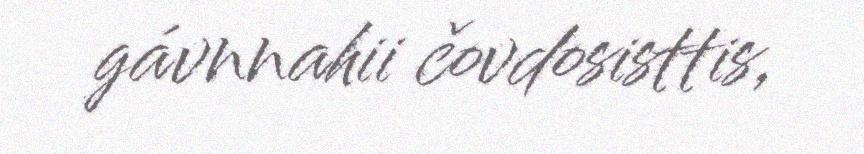
gávnnahii čovdosisttis,